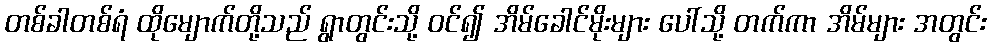
တစ်ခါတစ်ရံ ထိုမျောက်တို့သည် ရွာတွင်းသို့ ဝင်၍ အိမ်ခေါင်မိုးများ ပေါ်သို့ တက်ကာ အိမ်များ အတွင်း